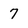
Character: 7